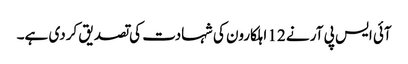
آئی ایس پی آر نے 12 اہلکارون کی شہادت کی تصدیق کردی ہے۔